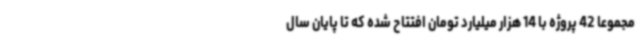
مجموعاً 42 پروژه با 14 هزار میلیارد تومان افتتاح شده که تا پایان سال